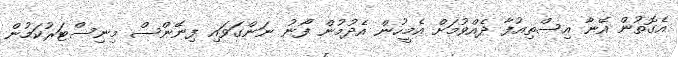
އެގޮތުން އޭނާ އިސްތިއުފާ ދެއްވުމަށް އެމީހުން އެދުމުން ފޯނު ނަންގަވައި ފިނޭންސް މިނިސްޓަރުކަމުން